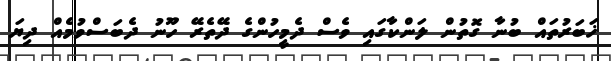
ޚަބަރުތައް ބުނާ ގޮތުން ލަންކާގައި ވެސް ދެމީހުންގެ ދޭތެރޭ ހޫނު ދެބަސްވުމެއް ދިޔަ